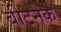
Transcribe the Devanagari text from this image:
बीटनेक